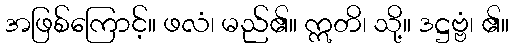
အဖြစ်ကြောင့်။ ဖလံ၊ မည်၏။ ဣတိ၊ သို့။ ဒဋ္ဌဗ္ဗံ၊ ၏။